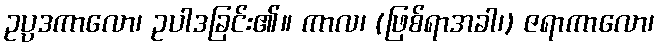
ဥပ္ပဒကာလော၊ ဥပါဒခြင်း၏။ ကာလ၊ (ဖြစ်ရာအခါ၊) ဇရာကာလော၊